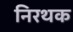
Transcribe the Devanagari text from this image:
निरथक